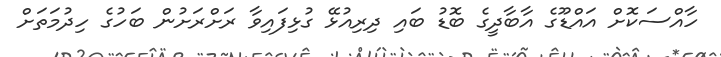
ހާއްސަކޮށް އައްޑޫގެ އާބާދީގެ ބޮޑު ބައި ދިރިއުޅޭ ގުޅިފައިވާ ރަށްރަށުން ބަހުގެ ހިދުމަތަށް